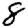
Digit: 8